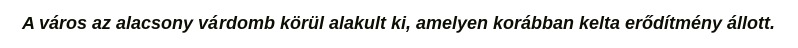
A város az alacsony várdomb körül alakult ki, amelyen korábban kelta erődítmény állott.